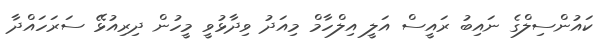
ކައުންސިލްގެ ނައިބު ރައީސް އަލީ އިލްހާމް މިއަދު ވިދާޅުވީ މީހުން ދިރިއުޅޭ ސަރަހައްދާ